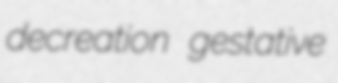
decreation gestative